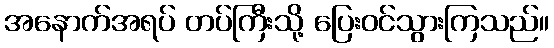
အနောက်အရပ် တပ်ကြီးသို့ ပြေးဝင်သွားကြသည်။